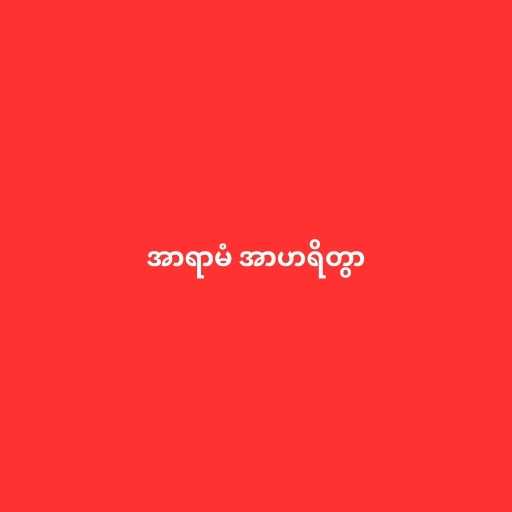
အာရာမံ အာဟရိတွာ